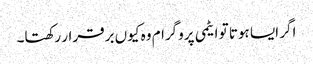
اگر ایسا ہوتا تو ایٹمی پروگرام وہ کیوں برقرار رکھتا۔